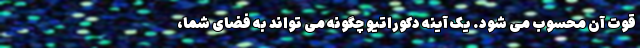
قوت آن محسوب می شود. یک آینه دکوراتیو چگونه می تواند به فضای شما،